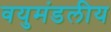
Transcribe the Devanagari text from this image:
वयुमंडलीय